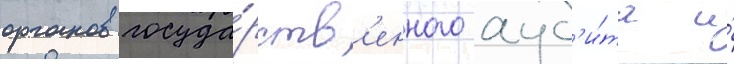
органов госуда́рств'енного ауд'и́та и́